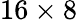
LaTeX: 16\times 8